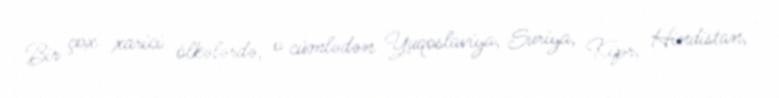
Bir çox xarici ölkələrdə, o cümlədən Yuqoslaviya, Suriya, Kipr, Hindistan,